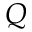
Q